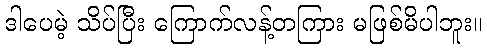
ဒါပေမဲ့ သိပ်ပြီး ကြောက်လန့်တကြား မဖြစ်မိပါဘူး။